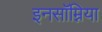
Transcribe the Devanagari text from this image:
इनसॉम्निया